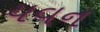
યવન